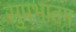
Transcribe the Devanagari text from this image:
सुप्रभातम